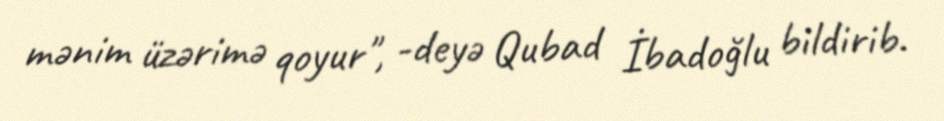
mənim üzərimə qoyur", -deyə Qubad İbadoğlu bildirib.